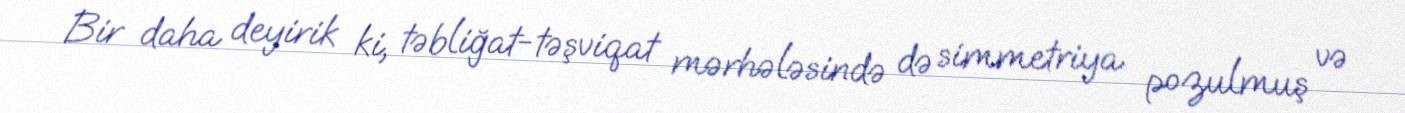
Bir daha deyirik ki, təbliğat-təşviqat mərhələsində də simmetriya pozulmuş və